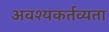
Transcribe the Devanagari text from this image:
अवश्यकर्तव्यता